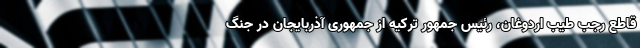
قاطع رجب طیب اردوغان، رئیس جمهور ترکیه از جمهوری آذربایجان در جنگ